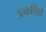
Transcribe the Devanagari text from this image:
उल्कपिंडों